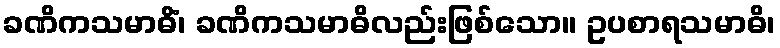
ခဏိကသမာဓိံ၊ ခဏိကသမာဓိလည်းဖြစ်သော။ ဥပစာရသမာဓိ၊